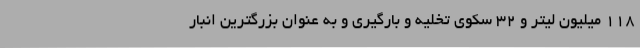
118 میلیون لیتر و 32 سکوی تخلیه و بارگیری و به عنوان بزرگترین انبار